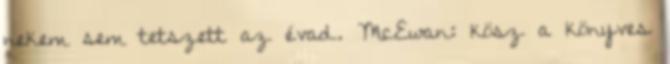
nekem sem tetszett az évad. McEwan: kösz a könyves